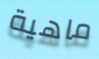
ماهية